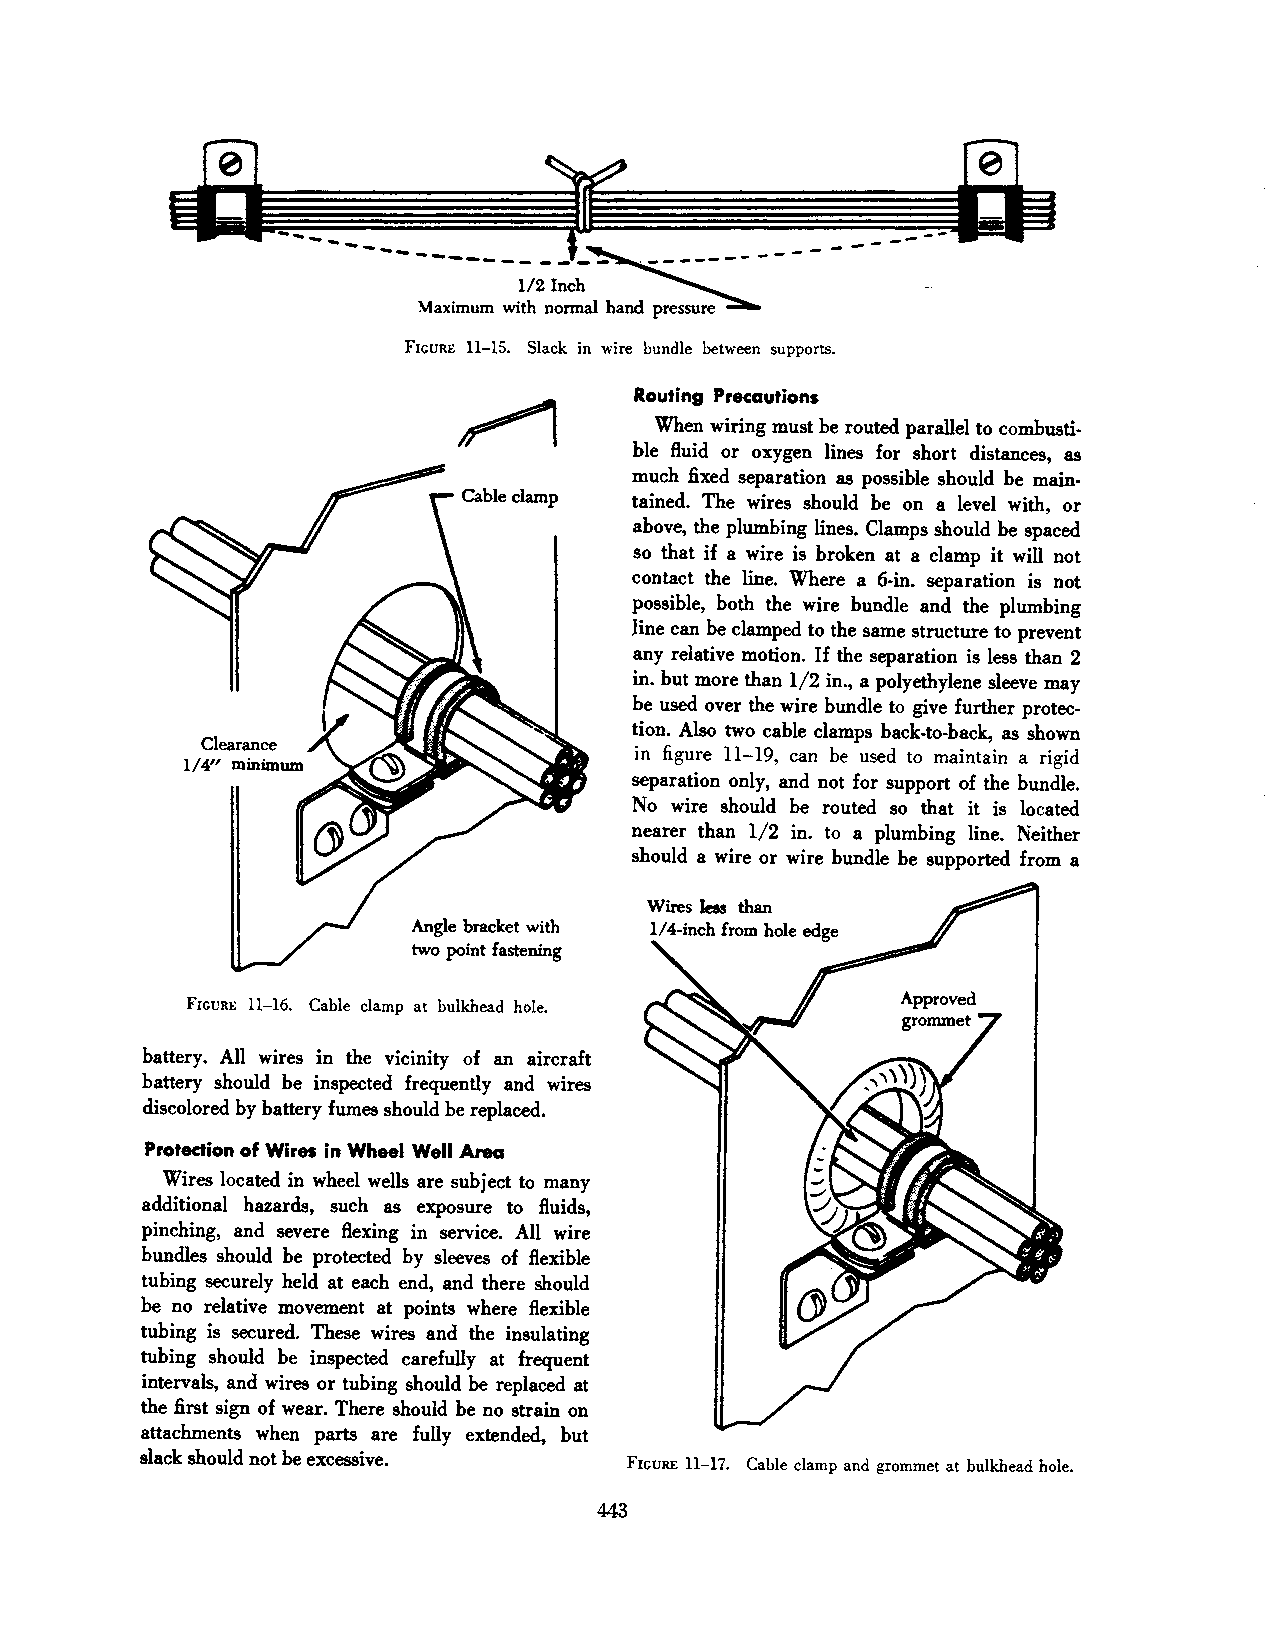
FIGURE 11-15. Slack in wire bundle between supports.
 Routing Precautions
 When wiring must be routed parallel to combusti
 ble fluid or oxygen lines for short distances, as
 much fixed separation as possible should be main·
 tained. The wires should be on a level with, or
 above, the plumbing lines. Clamps should be spaced
 so that· if a wire is broken at a clamp it will not
 contact the line. Where a 6-in. separation is not
 possible, both the wire bundle and the plumbing
 line can be clamped to the same structure to prevent
 any relative motion. If the separation is less than 2
 in. but more than 1/2 in., a polyethylene sleeve may
 be used over the wire bundle to give further protec·
 tion. Also two cable clamps back-to-hack, as shown
 in figure 11-19, can be used to maintain a rigid
 separation only, and not for support of the bundle.
 No wire should be routed so that it is located
 nearer than 1/2 in. to a plumbing line. Neither
 should a wire or wire bundle be supported from a
 Wires lea than
 Angle bracket with 1/4-inch from hole edge
 two point fastening
 FIGURE 11-16. Cable clamp at bulkhead hole.
 battery. All wires in the vicinity of an aircraft
 battery should be inspected frequently and wires
 discolored by battery fumes should be replaced.
 Protection of Wires in Wheel Well Area
 Wires located in wheel wells are subject to many
 additional hazards, such as exposure to fluids,
 pinching, and severe flexing in service. All wire
 bundles should be protected by sleeves of flexible
 tubing securely held at each end, and there should
 be no relative movement at points where flexible
 tubing is secured. These wires and the insulating
 tubing should be inspected carefully at frequent
 intervals, and wires or tubing should be replaced at
 the first sign of wear. There should be no strain on
 attachments when parts are fully extended, but
 slack should not be excessive.
 FIGURE 11-17. Cable clamp and grommet at bulkhead hole.
 443